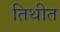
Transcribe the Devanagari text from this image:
तिथीत